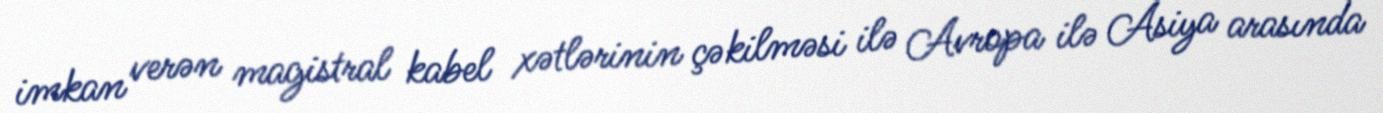
imkan verən magistral kabel xətlərinin çəkilməsi ilə Avropa ilə Asiya arasında